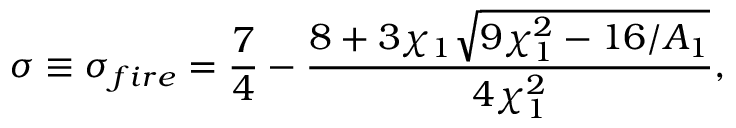
\sigma \equiv \sigma _ { f i r e } = \frac { 7 } { 4 } - \frac { 8 + 3 \chi _ { 1 } \sqrt { 9 \chi _ { 1 } ^ { 2 } - 1 6 / A _ { 1 } } } { 4 \chi _ { 1 } ^ { 2 } } ,